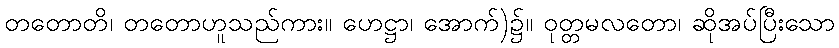
တတောတိ၊ တတောဟူသည်ကား။ ဟေဋ္ဌာ၊ အောက်)၌။ ဝုတ္တမလတော၊ ဆိုအပ်ပြီးသော